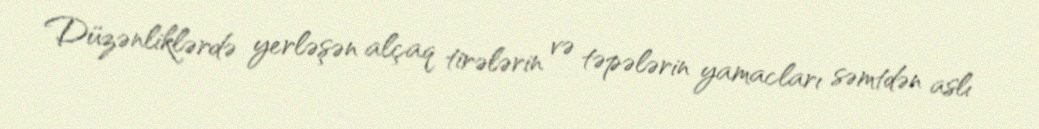
Düzənliklərdə yerləşən alçaq tirələrin və təpələrin yamacları səmtdən aslı